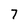
Character: 7